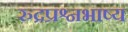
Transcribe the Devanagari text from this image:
रुद्रप्रश्नभाष्य